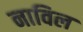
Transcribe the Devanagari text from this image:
नाविल